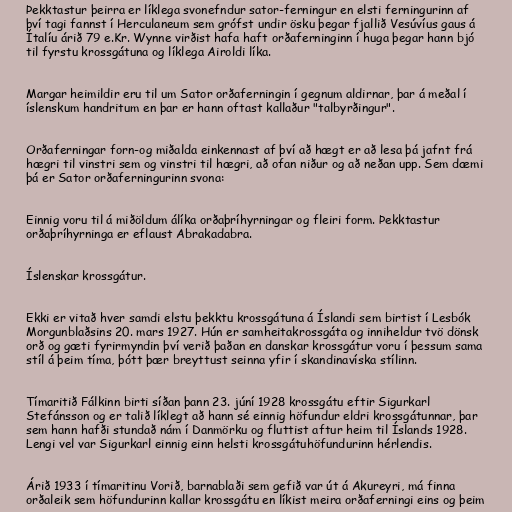
Þekktastur þeirra er líklega svonefndur sator-ferningur en elsti ferningurinn af
því tagi fannst í Herculaneum sem grófst undir ösku þegar fjallið Vesúvíus gaus á
Ítalíu árið 79 e.Kr. Wynne virðist hafa haft orðaferninginn í huga þegar hann bjó
til fyrstu krossgátuna og líklega Airoldi líka.

Margar heimildir eru til um Sator orðaferningin í gegnum aldirnar, þar á meðal í
íslenskum handritum en þar er hann oftast kallaður "talbyrðingur".

Orðaferningar forn-og miðalda einkennast af því að hægt er að lesa þá jafnt frá
hægri til vinstri sem og vinstri til hægri, að ofan niður og að neðan upp. Sem dæmi
þá er Sator orðaferningurinn svona:

Einnig voru til á miðöldum álíka orðaþríhyrningar og fleiri form. Þekktastur
orðaþríhyrninga er eflaust Abrakadabra.

Íslenskar krossgátur.

Ekki er vitað hver samdi elstu þekktu krossgátuna á Íslandi sem birtist í Lesbók
Morgunblaðsins 20. mars 1927. Hún er samheitakrossgáta og inniheldur tvö dönsk
orð og gæti fyrirmyndin því verið þaðan en danskar krossgátur voru í þessum sama
stíl á þeim tíma, þótt þær breyttust seinna yfir í skandinavíska stílinn.

Tímaritið Fálkinn birti síðan þann 23. júní 1928 krossgátu eftir Sigurkarl
Stefánsson og er talið líklegt að hann sé einnig höfundur eldri krossgátunnar, þar
sem hann hafði stundað nám í Danmörku og fluttist aftur heim til Íslands 1928.
Lengi vel var Sigurkarl einnig einn helsti krossgátuhöfundurinn hérlendis.

Árið 1933 í tímaritinu Vorið, barnablaði sem gefið var út á Akureyri, má finna
orðaleik sem höfundurinn kallar krossgátu en líkist meira orðaferningi eins og þeim